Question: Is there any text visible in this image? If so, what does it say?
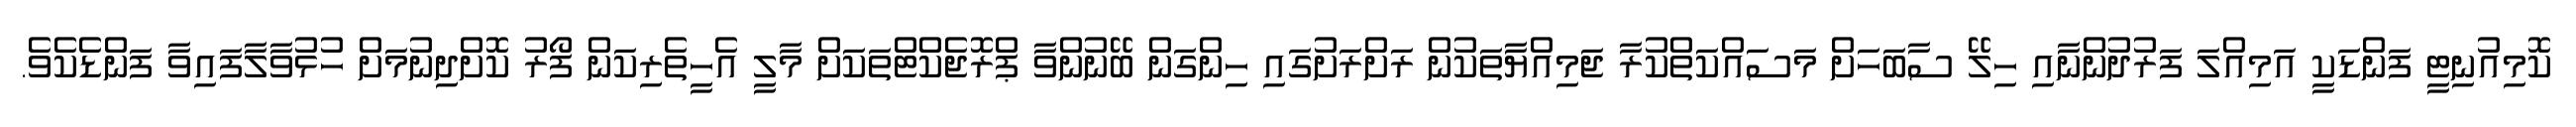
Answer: ކޮމިއުނިޓީ ފަންޑަކީ އަމިއްލަ ފަރުދުންނާއި ހިލޭ ސާބަހަށް މަސައްކަތްކުރާ ޖަމިއްޔާތަކުން ރަށްރަށުގައި ހިންގަން ބޭނުންވާ ޕްރޮޖެކްޓްތަކަށް މާލީ އެހީތެރިކަން ފޯރު ކޮށްދިނުމަށް ހުޅުވާލާފައިވާ ފަންޑެކެވެ.